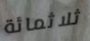
ثلاثمائة